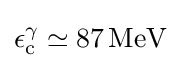
\epsilon _{\text{c}}^{\gamma }\simeq 87\,{\text{MeV}}